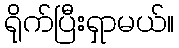
ရိုက်ပြီးရှာမယ်။